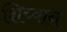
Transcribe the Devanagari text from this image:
शिच्वान